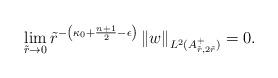
LaTeX: \begin{align*}\lim\limits_{\tilde{r} \rightarrow 0 } \tilde{r}^{-\left(\kappa_0 + \frac{n+1}{2} - \epsilon\right) } \left\|w \right\|_{L^2(A_{\tilde{r},2 \tilde{r}}^+)} &= 0.\end{align*}